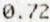
0.72